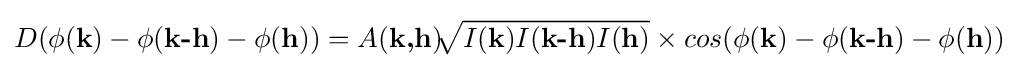
D(\phi ({\textbf {k}})-\phi ({\textbf {k-h}})-\phi ({\textbf {h}}))=A({\textbf {k,h}}){\sqrt[{}]{I({\textbf {k}})I({\textbf {k-h}})I({\textbf {h}})}}\times cos(\phi ({\textbf {k}})-\phi ({\textbf {k-h}})-\phi ({\textbf {h}}))